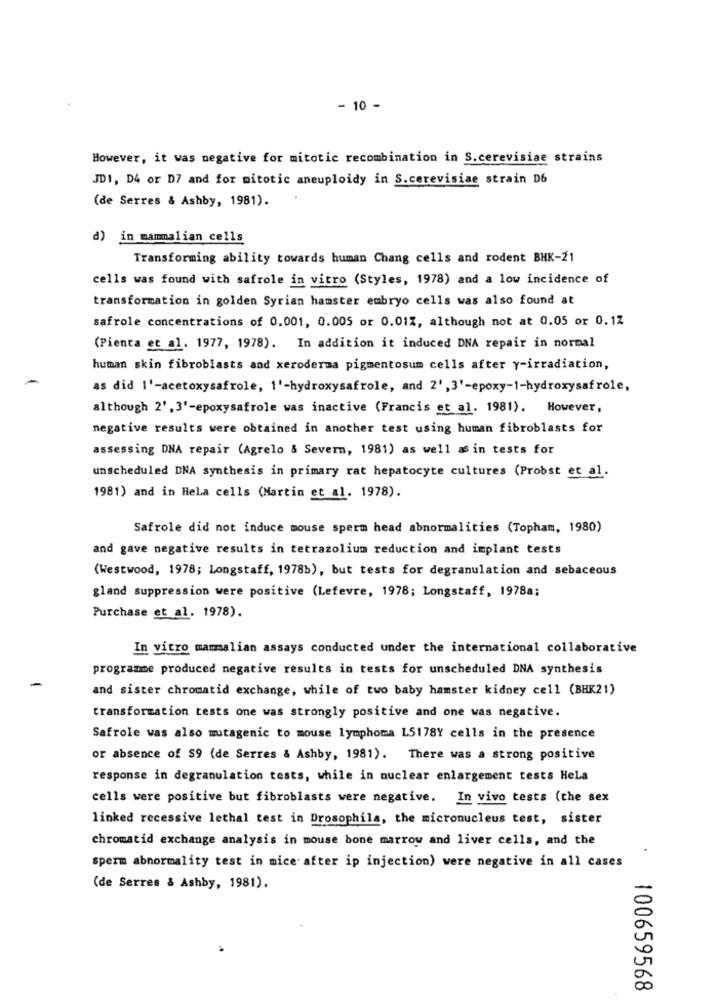
- 10 -
However, it was negative for mitotic recombination in S.cerevisiae strains
JDI, D4 or D7 and for mitotic aneuploidy in S.cerevisiae strain D6
(de Serres & Ashby, 1981).
d) in mammalian cells
Transforming ability towards human Chang cells and rodent BHK-21
cells was found with safrole in vitro (Styles, 1978) and a low incidence of
transformation in golden Syrian hamster embryo cells was also found at
safrole concentrations of 0.001, 0.005 or 0.01%, although not at 0.05 or 0.12
(Pienta et al. 1977, 1978). In addition it induced DNA repair in normal
human skin fibroblasts and xeroderma pigmentosum cells after y-irradiation,
as did I'-acetoxysafrole, 1'-hydroxysafrole, and 2',3'-epoxy-1-hydroxysafrole,
although 2', 3'-epoxysafrole was inactive (Francis et al. 1981). However,
negative results were obtained in another test using human fibroblasts for
assessing DNA repair (Agrelo & Severn, 1981) as well as in tests for
unscheduled DNA synthesis in primary rat hepatocyte cultures (Probst et al.
1981) and in Hela cells (Martin et al. 1978).
Safrole did not induce mouse sperm head abnormalities (Topham, 1980)
and gave negative results in tetrazolium reduction and implant tests
(Westwood, 1978; Longstaff, 1978b), but tests for degranulation and sebaceous
gland suppression were positive (Lefevre, 1978; Longstaff, 1978a;
Purchase et al. 1978).
In vitro mammalian assays conducted under the international collaborative
programme produced negative results in tests for unscheduled DNA synthesis
and sister chromatid exchange, while of two baby hamster kidney cell (BHK21)
transformation tests one was strongly positive and one was negative.
Safrole was also mutagenic to mouse lymphoma L5178Y cells in the presence
or absence of $9 (de Serres & Ashby, 1981). There was a strong positive
response in degranulation tests, while in nuclear enlargement tests Hela
cells were positive but fibroblasts were negative. In vivo tests (the sex
linked recessive lethal test in Drosophila, the micronucleus test, sister
chromatid exchange analysis in mouse bone marrow and liver cells, and the
sperm abnormality test in mice after ip injection) were negative in all cases
(de Serres & Ashby, 1981).
100659568